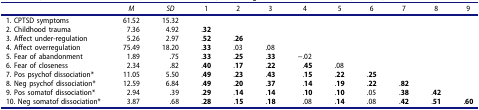
|  | M | SD | 1 | 2 | 3 | 4 | 5 | 6 | 7 | 8 | 9 |
 | --- | --- | --- | --- | --- | --- | --- | --- | --- | --- | --- | --- |
 | 1. CPTSD symptoms | 61.52 | 15.32 |  |  |  |  |  |  |  |  |  |
 | 2. Childhood trauma | 7.36 | 4.92 | .32 |  |  |  |  |  |  |  |  |
 | 3. Affect under-regulation | 5.26 | 2.97 | .52 | .26 |  |  |  |  |  |  |  |
 | 4. Affect overregulation | 75.49 | 18.20 | .33 | .03 | .08 |  |  |  |  |  |  |
 | 5. Fear of abandonment | 1.89 | .75 | .33 | .25 | .33 | −.02 |  |  |  |  |  |
 | 6. Fear of closeness | 2.34 | .82 | .40 | .17 | .22 | .45 | .08 |  |  |  |  |
 | 7. Pos psychof dissociation* | 11.05 | 5.50 | .49 | .23 | .43 | .15 | .22 | .25 |  |  |  |
 | 8. Neg psychof dissociation* | 12.59 | 6.84 | .49 | .20 | .37 | .14 | .19 | .22 | .82 |  |  |
 | 9. Pos somatof dissociation* | 2.94 | .39 | .29 | .14 | .14 | .10 | .10 | .05 | .38 | .42 |  |
 | 10. Neg somatof dissociation* | 3.87 | .68 | .28 | .15 | .18 | .08 | .14 | .08 | .42 | .51 | .60 |